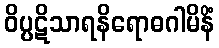
ဝိပ္ပဋိသာရနိရောဓဂါမိနိံ